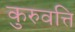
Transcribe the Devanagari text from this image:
कुरुवत्ति